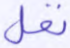
نفل